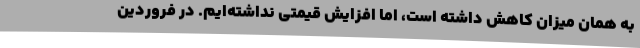
به همان میزان کاهش داشته است، اما افزایش قیمتی نداشته‌ایم. در فروردین